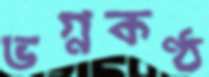
ভগ্নকণ্ঠ